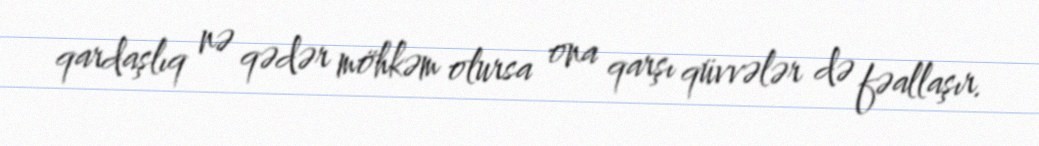
qardaşlıq nə qədər möhkəm olursa ona qarşı qüvvələr də fəallaşır.